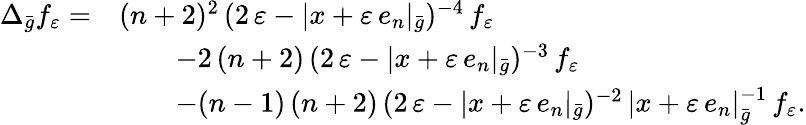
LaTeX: \begin{array}{rl}{\Delta_{\bar{g}}f_{\varepsilon}=}&{(n+2)^{2}\, (2\, \varepsilon-|x+\varepsilon\, e_{n}|_{\bar{g}})^{-4}\, f_{\varepsilon}}\\ &{\qquad-2\, (n+2)\, (2\, \varepsilon-|x+\varepsilon\, e_{n}|_{\bar{g}})^{-3}\, f_{\varepsilon}}\\ &{\qquad-(n-1)\, (n+2)\, (2\, \varepsilon-|x+\varepsilon\, e_{n}|_{\bar{g}})^{-2}\, |x+\varepsilon\, e_{n}|_{\bar{g}}^{-1}\, f_{\varepsilon}.}\end{array}